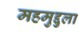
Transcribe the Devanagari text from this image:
महमुद्दुला